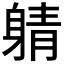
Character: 𲄤